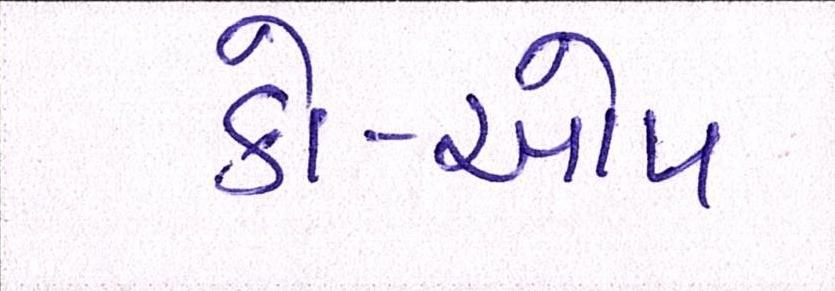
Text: કો-ઓપ